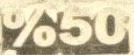
%50